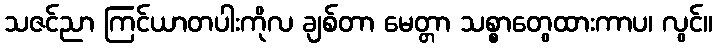
သဇင်ညာ ကြင်ယာတပါးကိုလ ချစ်တာ မေတ္တာ သစ္စာတွေထားကာပ၊ လွင်။